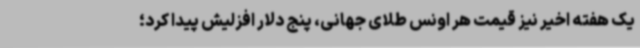
یک هفته‌ اخیر نیز قیمت هر اونس طلای جهانی، پنج دلار افزلیش پیدا کرد؛